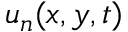
u _ { n } ( x , y , t )